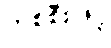
တစ်စီးဖြင့်